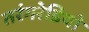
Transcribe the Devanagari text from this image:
तरंगरेडियो